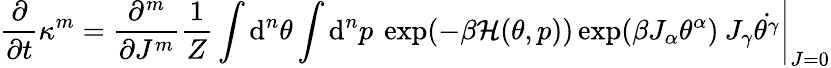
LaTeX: \frac{\partial}{\partial t}\kappa^{m}=\left.\frac{\partial^{m}}{\partial J^{m}}\frac{1}{Z}\int\mathrm{d}^{n}\theta\int\mathrm{d}^{n}p\: \exp(-\beta\mathcal{H}(\theta,p))\exp(\beta J_{\alpha}\theta^{\alpha})\: J_{\gamma}\dot{\theta^{\gamma}}\right|_{J=0}